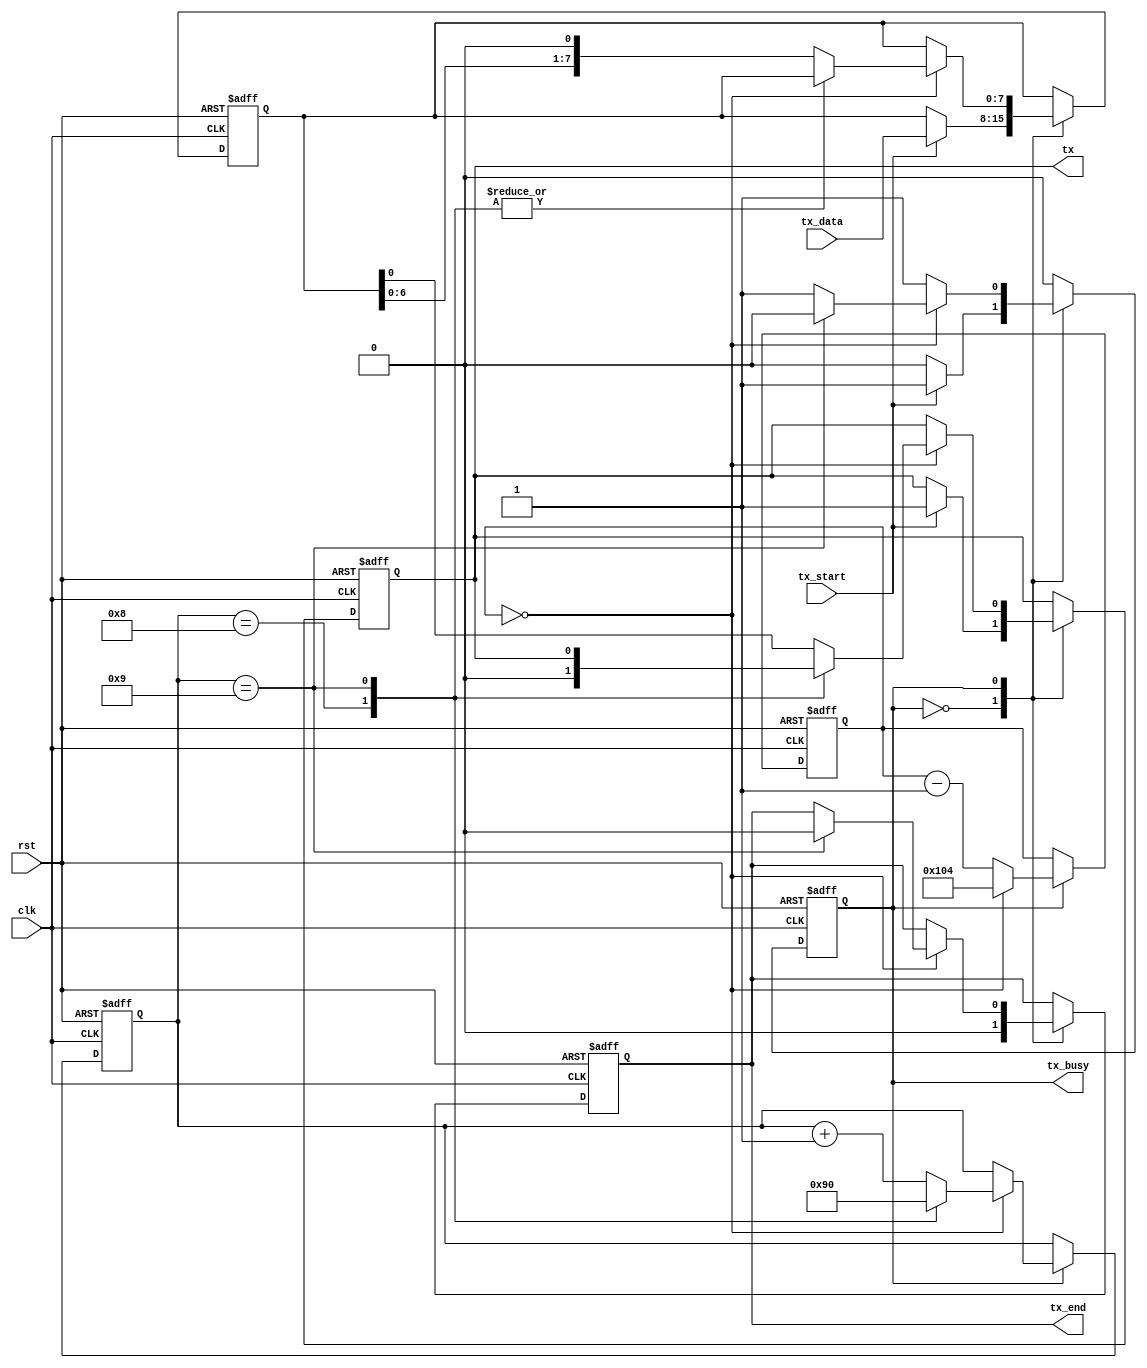
`timescale 1ns / 1ps
//////////////////////////////////////////////////////////////////////////////////
// Company:
// Engineer:
//
// Design Name:
// Module Name: uart
// Project Name:
// Target Devices:
// Tool Versions:
// Description:
//
// Dependencies:
//
// Revision:
// Revision 0.01 - File Created
// Additional Comments:
//
//////////////////////////////////////////////////////////////////////////////////


module uart_tx(
  input clk,
  input rst,
  input tx_start,
  input[7:0] tx_data,
  output reg tx_end,
  output wire tx_busy,
  output reg tx
  );

  reg state;
  reg [8:0]div_cnt;
  reg [3:0]bit_cnt;
  reg [7:0]shit_reg;

  assign tx_busy = state;

  always @ (posedge clk or negedge rst) begin
    if(~rst)begin
      state<=0;
      div_cnt<=0;
      bit_cnt<=0;
      shit_reg<=0;
      tx_end<=0;
      tx<=0;
    end
    else begin
      case (state)
      0:begin//idle
        if(tx_start)begin
          state<=1;
          shit_reg<=tx_data;
          tx<=1;//start bit
        end
        tx_end<=0;
      end
      1:begin//send data
        if(div_cnt==0)begin
          case(bit_cnt)
            8:begin//bps ctrl
              bit_cnt<=9;//send stop bit
              tx<=0;
            end
            9:begin //send complete
                state<=0;
                bit_cnt<=0;
                tx_end<=0;
            end
            default :begin
                bit_cnt<=bit_cnt+1;
                shit_reg<=shit_reg<<1'b1;
                tx<=shit_reg[0];
            end
          endcase
          div_cnt<=260;//bunsyuu tate
          end
          else div_cnt<=div_cnt-1;//cnt down
      end
      endcase
    end
  end
endmodule

module uart_rx(
  input clk,
  input rst,
  output reg[7:0] rx_data,
  output wire rx_busy,
  output reg rx_end,
  input  rx
  );

  //rx==1:startbit
  //rx==0:stoptbit

  reg state;
  reg [8:0]div_cnt;
  reg [3:0]bit_cnt;

  assign rx_busy=~state;

  always @ (posedge clk or negedge rst) begin
    if(~rst)begin
      state<=0;
      div_cnt<=0;
      bit_cnt<=0;
      rx_end<=0;
      rx_data<=0;
    end
    else begin
      case (state)
      0:begin//idle
        if(~rx)begin //recieve start bit
          state<=1;
        end
        rx_end<=0;
      end
      1:begin//recieve data
        if(div_cnt==0)begin
          case(bit_cnt)
            9:begin//recieve stop_bit
              state<=0;
              bit_cnt<=0;//send stop bit
              div_cnt<=130;
              if(rx)rx_end<=1; //
            end
            default :begin
                bit_cnt<=bit_cnt+1;
                div_cnt<=260;
                rx_data<={rx,rx_data[7:1]};
            end
          endcase
        end
        else div_cnt<=div_cnt-1;//cnt down
      end
      endcase
    end
  end
endmodule

module uart_ctrl (
  input clk,
  input rst,

  input cs,
  input as,
  input rw,
  input addr,
  input [31:0] wr_data,
  output reg[31:0] rd_data,
  output reg rdy,

  output reg irq_rx,
  output reg irq_tx,

  input rx_busy,
  input rx_end,
  input[7:0] rx_data,
  input tx_busy,
  input tx_end,
  output reg tx_start,
  output reg[7:0] tx_data
);

  reg [7:0]rx_buf;

  always @ (posedge clk or negedge rst) begin
    if(~rst)begin
      irq_rx<=0;
      irq_tx<=0;
      rdy<=0;
      rd_data<=0;
      tx_start<=0;
    end
    else begin
      if(cs && as) rdy<=1;
      else rdy<=0;

      //read access
      if(cs && as && rw==0)begin
        if(~addr)rd_data<={28'b0,tx_busy,rx_busy,irq_tx,irq_rx}; //status
        else rd_data<={24'b0,rx_buf};
      end
      else rd_data<=0;

      //write access
      if(tx_end) //interrupt send complete signal
        irq_tx<=1;
      else if(cs && as && rw && ~addr)irq_tx<=wr_data[1];

      if(rx_end)//interrupt send complete signal
        irq_rx<=0;
      else if(cs && as && rw && ~addr)irq_tx<=wr_data[0];

      if(cs && as && rw && addr)begin //wite to reg1
        tx_start<=1;
        tx_data<=wr_data[7:0];
      end
      else begin
        tx_start<=0;
        tx_data<=0;
      end

      if(rx_end)rx_buf<=rx_data;
    end
  end
endmodule // uart_ctrl


module uart (
	/********** ?N???b?N & ???Z?b?g **********/
	input  wire				   clk,		 // ?N???b?N
	input  wire				   reset,	 // ????Z?b?g
	/********** ?o?X?C???^?t?F?[?X **********/
	input  wire				   cs_,		 // ?`?b?v?Z???N?g
	input  wire				   as_,		 // ?A?h???X?X?g???[?u
	input  wire				   rw,		 // Read / Write
	input  wire  addr,	 // ?A?h???X
	input  wire [31:0] wr_data,	 // ???????f?[?^
	output wire [31:0] rd_data,	 // ?o???f?[?^
	output wire				   rdy_,	 // ???f?B
	/********** ???? **********/
	output wire				   irq_rx,	 // ???M????????
	output wire				   irq_tx,	 // ???M????????
	/********** UART?????M?M??	**********/
	input  wire				   rx,		 // UART???M?M??
	output wire				   tx		 // UART???M?M??
);

	/********** ?????M?? **********/
	// ???M????
	wire					   rx_busy;	 // ???M???t???O
	wire					   rx_end;	 // ???M?????M??
	wire [7:0]		   rx_data;	 // ???M?f?[?^
	// ???M????
	wire					   tx_busy;	 // ???M???t???O
	wire					   tx_end;	 // ???M?????M??
	wire					   tx_start; // ???M?J?n?M??
	wire [7:0]		   tx_data;	 // ???M?f?[?^

	/********** UART???W???[?? **********/
	uart_ctrl uart_ctrl (
		/********** ?N???b?N & ???Z?b?g **********/
		.clk	  (clk),	   // ?N???b?N
		.rst	  (reset),	   // ????Z?b?g
		/********** Host Interface **********/
		.cs	  (cs_),	   // ?`?b?v?Z???N?g
		.as	  (as_),	   // ?A?h???X?X?g???[?u
		.rw		  (rw),		   // Read / Write
		.addr	  (addr),	   // ?A?h???X
		.wr_data  (wr_data),   // ???????f?[?^
		.rd_data  (rd_data),   // ?o???f?[?^
		.rdy	  (rdy_),	   // ???f?B
		/********** Interrupt  **********/
		.irq_rx	  (irq_rx),	   // ???M????????
		.irq_tx	  (irq_tx),	   // ???M????????
		/********** ?????M?? **********/
		// ???M????
		.rx_busy  (rx_busy),   // ???M???t???O
		.rx_end	  (rx_end),	   // ???M?????M??
		.rx_data  (rx_data),   // ???M?f?[?^
		// ???M????
		.tx_busy  (tx_busy),   // ???M???t???O
		.tx_end	  (tx_end),	   // ???M?????M??
		.tx_start (tx_start),  // ???M?J?n?M??
		.tx_data  (tx_data)	   // ???M?f?[?^
	);

	/********** UART???M???W???[?? **********/
	uart_tx uart_tx (
		/********** ?N???b?N & ???Z?b?g **********/
		.clk	  (clk),	   // ?N???b?N
		.rst	  (reset),	   // ????Z?b?g
		/********** ?????M?? **********/
		.tx_start (tx_start),  // ???M?J?n?M??
		.tx_data  (tx_data),   // ???M?f?[?^
		.tx_busy  (tx_busy),   // ???M???t???O
		.tx_end	  (tx_end),	   // ???M?????M??
		/********** Transmit Signal **********/
		.tx		  (tx)		   // UART???M?M??
	);

	/********** UART???M???W???[?? **********/
	uart_rx uart_rx (
		/********** ?N???b?N & ???Z?b?g **********/
		.clk	  (clk),	   // ?N???b?N
		.rst	  (reset),	   // ????Z?b?g
		/********** ?????M?? **********/
		.rx_busy  (rx_busy),   // ???M???t???O
		.rx_end	  (rx_end),	   // ???M?????M??
		.rx_data  (rx_data),   // ???M?f?[?^
		/********** Receive Signal **********/
		.rx		  (rx)		   // UART???M?M??
	);

endmodule